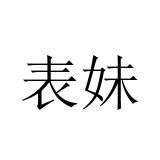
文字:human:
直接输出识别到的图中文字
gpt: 表妹